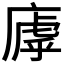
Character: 𫷽